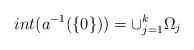
\begin{align*} int (a^{-1}(\{0\}))= \cup_{j=1}^{k} \Omega_j\end{align*}